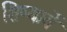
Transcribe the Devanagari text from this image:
शिष्यायें